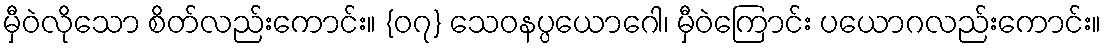
မှီဝဲလိုသော စိတ်လည်းကောင်း။ {၀၇} သေဝနပ္ပယောဂေါ၊ မှီဝဲကြောင်း ပယောဂလည်းကောင်း။